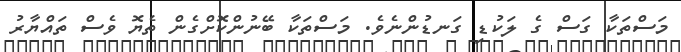
މަސްތަކާ ގަސް ގެ ލަކުޑި ގަނޑުންނެވެ. މަސްތަކާ ބޭނުންކޮށްގެން ތެޔޮ ވެސް ތައްޔާރު